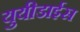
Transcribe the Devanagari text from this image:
युयीडाईस